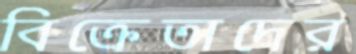
বিক্রেতাদের